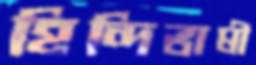
হিন্দিভাষী